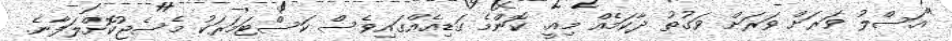
"އަސްލު ވަރަށް ވަރަށް ވަގުތު ދާކަމެއް މިއީ. ކޮންމެ ގަޑިއެއްގައިވެސް ކަސްޓަމަރަކު މެސެޖުކޮށްލަފާނެ.